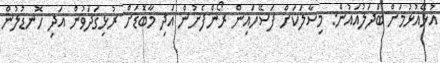
އުޅޭއުޅުމަށް ބަދަލުއައުން: މިސާލަކަށް ފަސޭހައިން ރޯންފެށުން އަދި މާބޮޑަށް ރުޅިގަދަވުން އަދި ހޮނޑުލުން